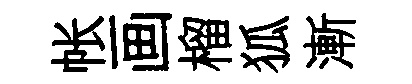
帐画榴狐漸